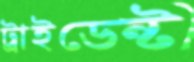
ট্রাইডেন্ট